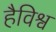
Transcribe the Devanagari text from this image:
हैविश्व